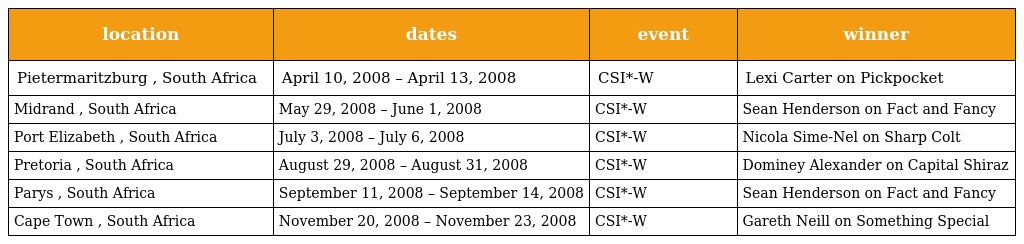
| location | dates | event | winner |
 | --- | --- | --- | --- |
 | Pietermaritzburg , South Africa | April 10, 2008 – April 13, 2008 | CSI*-W | Lexi Carter on Pickpocket |
 | Midrand , South Africa | May 29, 2008 – June 1, 2008 | CSI*-W | Sean Henderson on Fact and Fancy |
 | Port Elizabeth , South Africa | July 3, 2008 – July 6, 2008 | CSI*-W | Nicola Sime-Nel on Sharp Colt |
 | Pretoria , South Africa | August 29, 2008 – August 31, 2008 | CSI*-W | Dominey Alexander on Capital Shiraz |
 | Parys , South Africa | September 11, 2008 – September 14, 2008 | CSI*-W | Sean Henderson on Fact and Fancy |
 | Cape Town , South Africa | November 20, 2008 – November 23, 2008 | CSI*-W | Gareth Neill on Something Special |